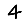
Digit: 4